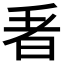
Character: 𭥬